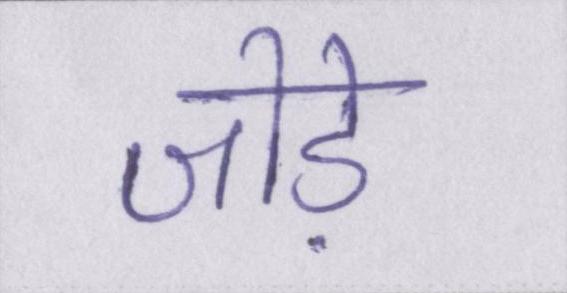
जोड़े